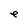
Character: e